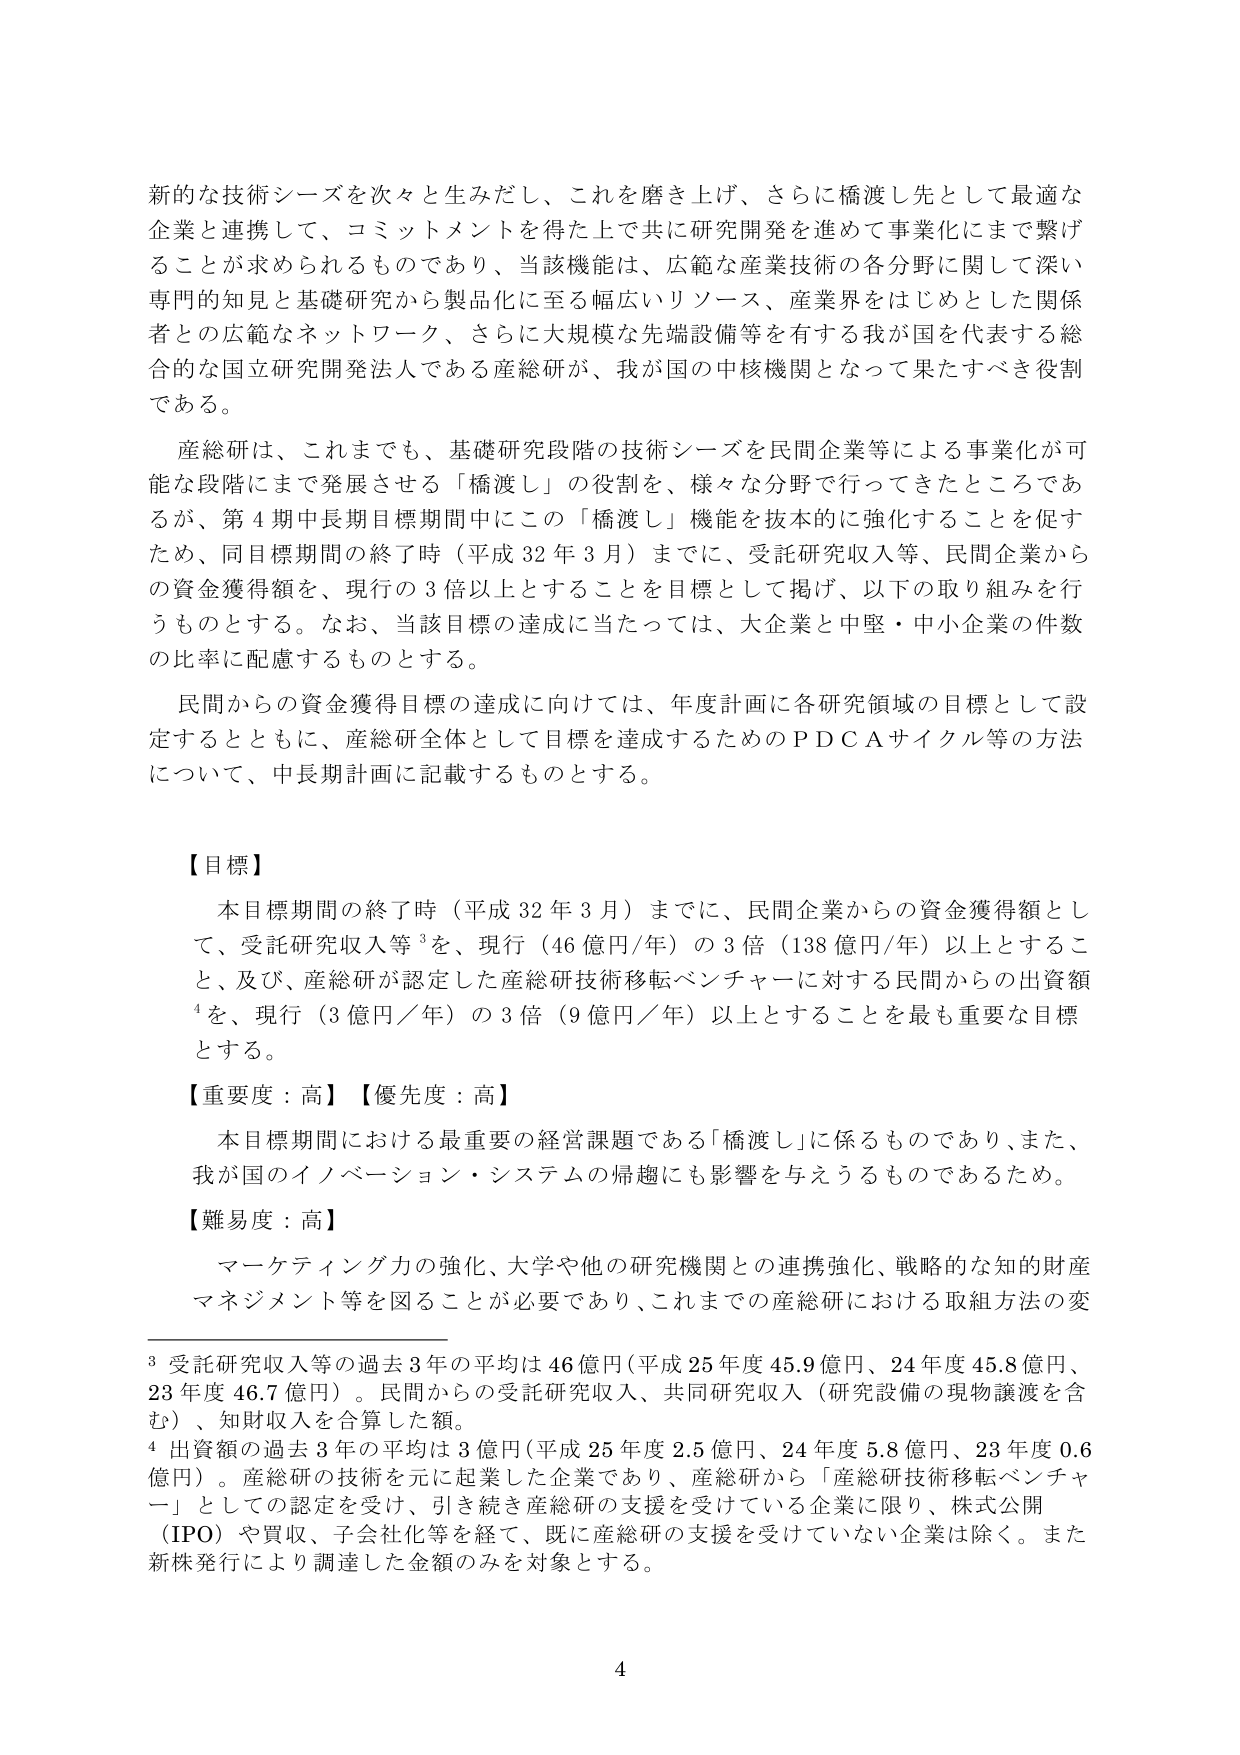
新たな技術シーズを次々と生みだし、これを磨き上げ、さらに橋渡し先として最適な企業と連携して、コミットメントを得た上で共に研究開発を進めて事業化にまで繋げることが求められるものであり、当該機能は、広範な産業技術の各分野に関して深い専門的知見と基礎研究から製品化に至る幅広いリソース、産業界をはじめとした関係者との広範なネットワーク、さらに大規模な先端設備等を有する我が国を代表する総合的な国立研究開発法人である産総研が、我が国の中核機関となって果たすべき役割である。

産総研は、これまでも、基礎研究段階の技術シーズを民間企業等による事業化が可能な段階にまで発展させる「橋渡し」の役割を、様々な分野で行ってきたところであるが、第４期中長期目標期間中にこの「橋渡し」機能を抜本的に強化することを促すため、同目標期間の終了時（平成32年3月）までに、受託研究収入等、民間企業からの資金獲得額を、現行の3倍以上とすることを目標として掲げ、以下の取り組みを行うものとする。なお、当該目標の達成に当たっては、大企業と中堅・中小企業の件数の比率に配慮するものとする。

民間からの資金獲得目標の達成に向けては、年度計画に各研究領域の目標として設定するとともに、産総研全体として目標を達成するためのＰＤＣＡサイクル等の方法について、中長期計画に記載するものとする。

【目標】

本目標期間の終了時（平成32年3月）までに、民間企業からの資金獲得額として、受託研究収入等³を、現行（46億円/年）の3倍（138億円/年）以上とすること、及び、産総研が認定した産総研技術移転ベンチャーに対する民間からの出資額⁴を、現行（3億円／年）の3倍（9億円／年）以上とすることを最も重要な目標とする。

【重要度：高】【優先度：高】

本目標期間における最重要の経営課題である「橋渡し」に係るものであり、また、我が国のイノベーション・システムの帰趨にも影響を与えうるものであるため。

【難易度：高】

マーケティング力の強化、大学や他の研究機関との連携強化、戦略的な知的財産マネジメント等を図ることが必要であり、これまでの産総研における取組方法の変

³ 受託研究収入等の過去3年の平均は46億円（平成25年度45.9億円、24年度45.8億円、23年度46.7億円）。民間からの受託研究収入、共同研究収入（研究設備の現物譲渡を含む）、知財収入を合算した額。

⁴ 出資額の過去3年の平均は3億円（平成25年度2.5億円、24年度5.8億円、23年度0.6億円）。産総研の技術を元に起業した企業であり、産総研から「産総研技術移転ベンチャー」としての認定を受け、引き続き産総研の支援を受けている企業に限り、株式公開（IPO）や買収、子会社化等を経て、既に産総研の支援を受けていない企業は除く。また新株発行により調達した金額のみを対象とする。

4